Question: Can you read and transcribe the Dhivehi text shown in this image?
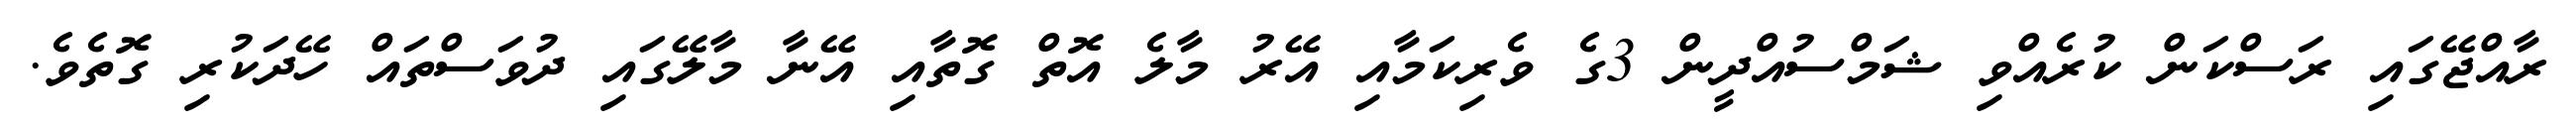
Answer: ރާއްޖޭގައި ރަސްކަން ކުރެއްވި ޝަމްސުއްދީން 3ގެ ވެރިކަމާއި އޭރު މާލެ އޮތް ގޮތާއި އޭނާ މާލޭގައި ދުވަސްތައް ހޭދަކުރި ގޮތެވެ.